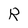
Character: R